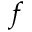
f